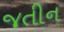
જતીન